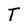
Character: T